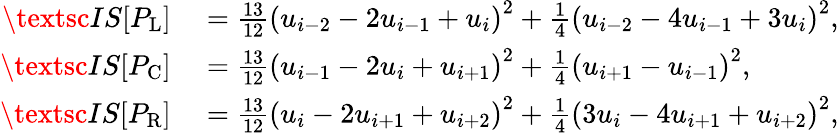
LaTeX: \begin{array}{rl}{\textsc{IS}[P_{\mathrm{L}}]}&{{}=\frac{13}{12}\left(u_{i-2}-2u_{i-1}+u_{i}\right)^{2}+\frac{1}{4}\left(u_{i-2}-4u_{i-1}+3u_{i}\right)^{2},}\\ {\textsc{IS}[P_{\mathrm{C}}]}&{{}=\frac{13}{12}\left(u_{i-1}-2u_{i}+u_{i+1}\right)^{2}+\frac{1}{4}\left(u_{i+1}-u_{i-1}\right)^{2},}\\ {\textsc{IS}[P_{\mathrm{R}}]}&{{}=\frac{13}{12}\left(u_{i}-2u_{i+1}+u_{i+2}\right)^{2}+\frac{1}{4}\left(3u_{i}-4u_{i+1}+u_{i+2}\right)^{2},}\end{array}